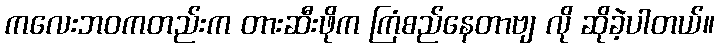
ကလေးဘဝကတည်းက တားဆီးဖိုက ကြံစည်နေတာဗျ လို ဆိုခဲ့ပါတယ်။